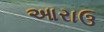
આરાઉ